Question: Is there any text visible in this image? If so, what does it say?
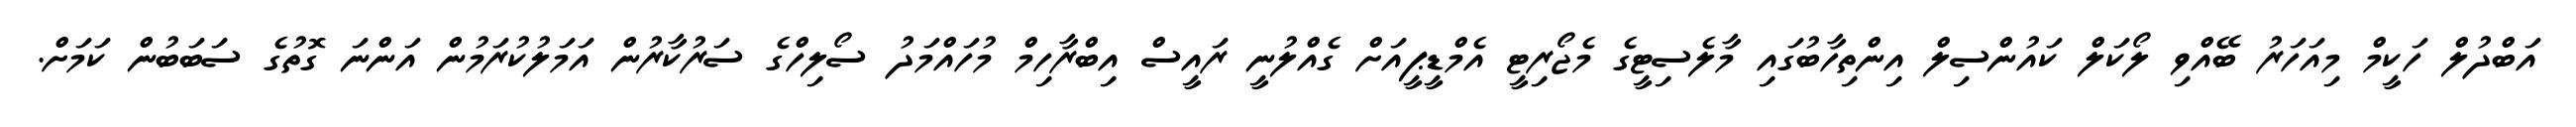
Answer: އަބްދުލް ހަކީމް މިއަހަރު ބޭއްވި ލޯކަލް ކައުންސިލް އިންތިހާބުގައި މާލެސިޓީގެ މެޖޯރިޓީ އެމްޑީޕީއަށް ގެއްލުނީ ރައީސް އިބްރާހިމް މުހައްމަދު ސޯލިހްގެ ސަރުކާރުން އަމަލުކުރަމުން އަންނަ ގޮތުގެ ސަބަބުން ކަމަށް.